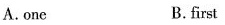
A.one B.first